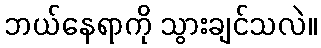
ဘယ်နေရာကို သွားချင်သလဲ။